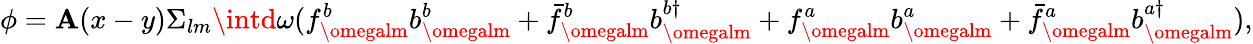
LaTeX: \phi=\mathbf{A}(x-y)\Sigma_{lm}\intd\omega(f_{\omegalm}^{b}b_{\omegalm}^{b}+\bar{{f}}_{\omegalm}^{b}b_{\omegalm}^{b\dagger}+f_{\omegalm}^{a}b_{\omegalm}^{a}+\bar{{f}}_{\omegalm}^{a}b_{\omegalm}^{a\dagger}),